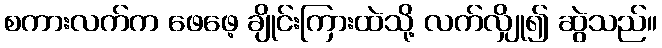
စကားလက်က ဖေဖေ့ ချိုင်းကြားထဲသို့ လက်လျှို၍ ဆွဲသည်။